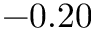
- 0 . 2 0